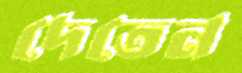
দেতেন